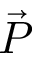
\vec { P }